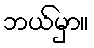
ဘယ်မှာ။